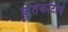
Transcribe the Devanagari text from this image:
कुर्तकोटीचे